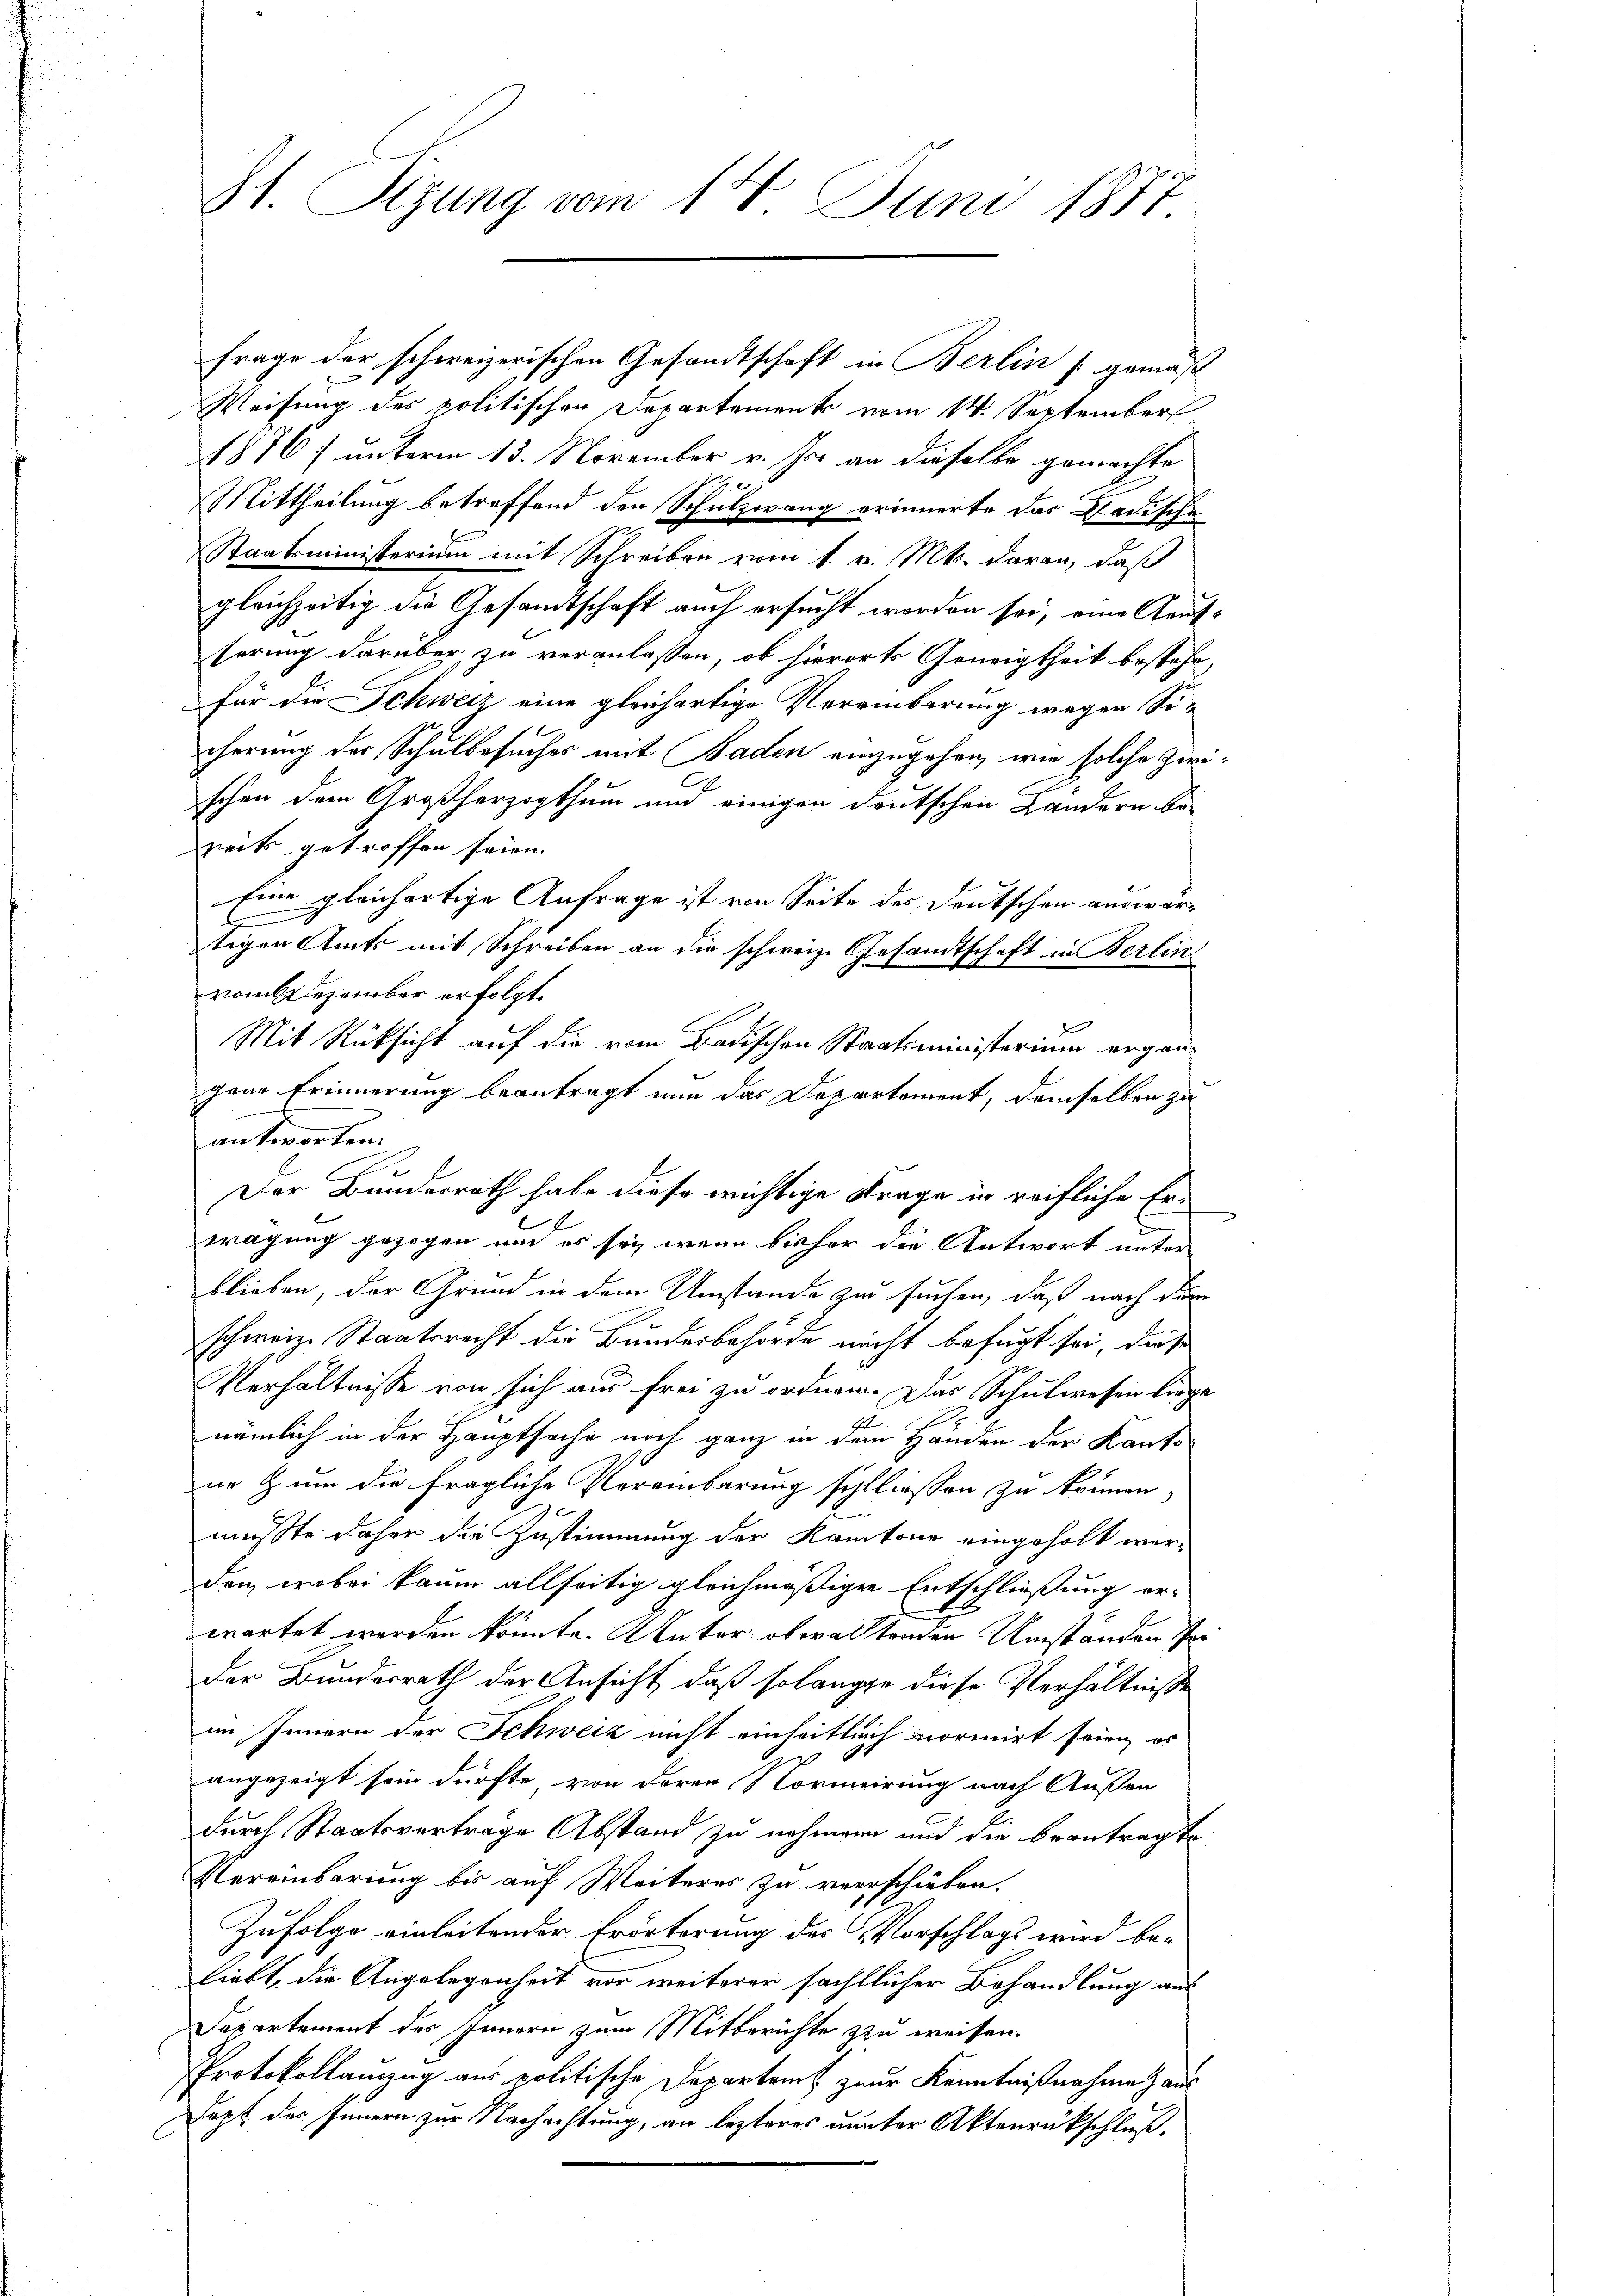
St. Sizung vom 14. Juni 1887

frage der schweizerischen Gesandtschaft in Berlin (gemäß
Weisung des politischen Departement vom 14. September
1876, unterm 13. November v. Js. an dieselbe gemachte
Mittheilung betreffend den Schulzwang erinnerte das Badische
Staatsministerium mit Schreiben vom 1. v. Mts. daran, daß
gleichzeitig die Gesandtschaft auch ersucht worden sei, eine Aeufserung darüber zu veranlassen, ob hierorts Geneigtheit bestehe,
für die Schweiz eine gleichartige Vereinbarung wegen Sicherung der Schulbesuches mit Baden einzugehen, wie solche Zwischon dem Großherzogthum und einigen deutschen Landern be-
Dreits getroffen seien.
Eine gleichartige Anfrage ist von Seite des Deutschen auswärtigen Amts mit Schreiben an die schweiz. Gesandtschaft in Berlin
vom Dezember erfolgt.
Mit Rücksicht auf die vom Badischen Staatsministerium ergängaar Erinnerung beantragt nun das Departement, demselben zu
.
antworten.

E
wägung gezogen und es sei, wenn bisher die Antwort unter
blieben, der Grund in dem Umstände zu suchen, daß nach die
schweiz. Staatsrecht die Bundesbehörde nicht befugt sei, diese
Verhältnisse von sich aus frei zu ordnen. Das Schulwesen liege
nämlich in der Hauptsache noch ganz in dem Händen der Kantone zum die fragliche Vereinbarung schliessen zu können,
mußte daher die Zustimmung der Kantone eingeholt werden, wobei kaum allseitig gleichmäßigen Entschließung er-
wartet werden könnte. Unter obwaltenden Umständen de
der Bundesrath der Ansicht, daß solange diese Verhältnisse
im Innern der Schweiz nicht einheitlich normirt seien, es
angezeigt sein dürfte von deren Normeirung nach Außen
durch Staatsverträge Abstand zu nehmen und die beantragte
Vereinbarung bis auf Weiteres zu verschieben.
Zufolge einleitender Erörterung des Vorschlags wird beliebt, die Angelegenheit vor weiterer sächtlicher Behandlung aus
Departement des Innern zum Mitberichte zu weisen.
Protokollauszug aus politische Departem k. zur Kenntnißnahme aus
Dept des Innern zur Nachachtung, an lezteres uunter Aktenrückschluß,

Der Bundesrath habe diese wichtige Frage in reifliche Er¬